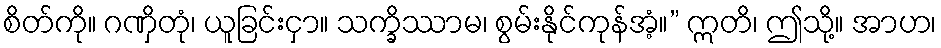
စိတ်ကို။ ဂဏှိတုံ၊ ယူခြင်းငှာ။ သက္ခိဿာမ၊ စွမ်းနိုင်ကုန်အံ့။” ဣတိ၊ ဤသို့။ အာဟ၊